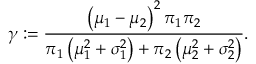
\gamma : = \frac { \left( \mu _ { 1 } - \mu _ { 2 } \right) ^ { 2 } \pi _ { 1 } \pi _ { 2 } } { \pi _ { 1 } \left( \mu _ { 1 } ^ { 2 } + \sigma _ { 1 } ^ { 2 } \right) + \pi _ { 2 } \left( \mu _ { 2 } ^ { 2 } + \sigma _ { 2 } ^ { 2 } \right) } .